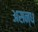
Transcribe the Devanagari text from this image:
असन्ध